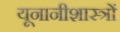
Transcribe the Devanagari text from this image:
यूनानीशास्त्रों